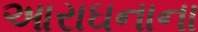
આરાઘનાના